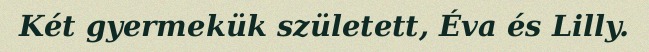
Két gyermekük született, Éva és Lilly.